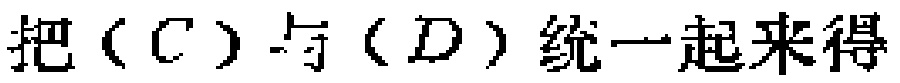
把（C）与（D）统一起来得